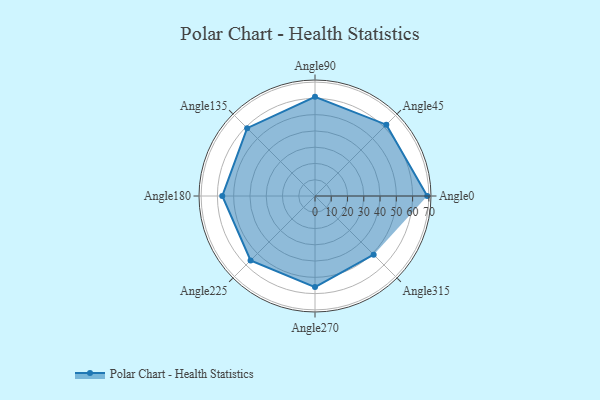
{"axis": {"x": "Angle", "y": "Radius"}, "legend": [""], "data": [{"x": "Angle0", "y": 69.0, "type": ""}, {"x": "Angle45", "y": 62.0, "type": ""}, {"x": "Angle90", "y": 61.0, "type": ""}, {"x": "Angle135", "y": 59.0, "type": ""}, {"x": "Angle180", "y": 57.0, "type": ""}, {"x": "Angle225", "y": 56.0, "type": ""}, {"x": "Angle270", "y": 56.0, "type": ""}, {"x": "Angle315", "y": 51.0, "type": ""}]}